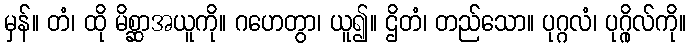
မှန်။ တံ၊ ထို မိစ္ဆာအယူကို။ ဂဟေတွာ၊ ယူ၍။ ဌိတံ၊ တည်သော။ ပုဂ္ဂလံ၊ ပုဂ္ဂိုလ်ကို။